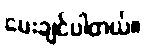
မေးချင်ပါတယ်။